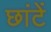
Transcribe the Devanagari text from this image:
छांटें